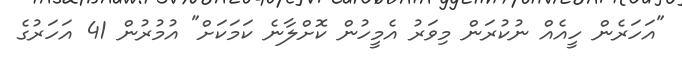
"އަހަރެން ހީއެއް ނުކުރަން މިވަރު އެމީހުން ކޮށްލާނެ ކަމަކަށް" އުމުރުން 41 އަހަރުގެ